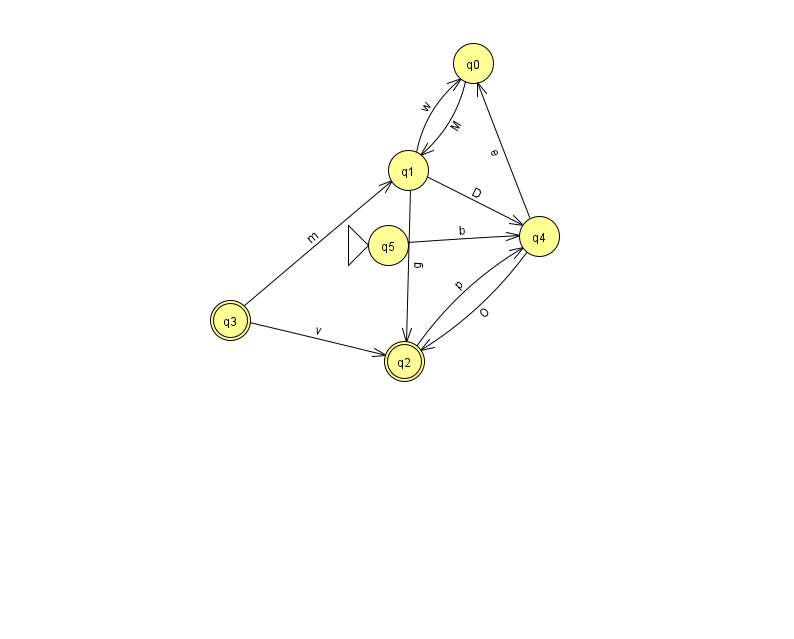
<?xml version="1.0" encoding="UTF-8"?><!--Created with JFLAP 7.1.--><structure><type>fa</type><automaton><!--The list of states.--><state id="0" name="q0"><x>473.0</x><y>50.0</y></state><state id="1" name="q1"><x>408.0</x><y>157.0</y></state><state id="2" name="q2"><x>404.0</x><y>348.0</y><final/></state><state id="3" name="q3"><x>230.0</x><y>307.0</y><final/></state><state id="4" name="q4"><x>539.0</x><y>223.0</y></state><state id="5" name="q5"><x>388.0</x><y>232.0</y><initial/></state><!--The list of transitions.--><transition><from>0</from><to>1</to><read>M</read></transition><transition><from>1</from><to>2</to><read>g</read></transition><transition><from>5</from><to>4</to><read>b</read></transition><transition><from>2</from><to>4</to><read>p</read></transition><transition><from>1</from><to>4</to><read>D</read></transition><transition><from>3</from><to>2</to><read>v</read></transition><transition><from>1</from><to>0</to><read>w</read></transition><transition><from>3</from><to>1</to><read>m</read></transition><transition><from>4</from><to>0</to><read>e</read></transition><transition><from>4</from><to>2</to><read>O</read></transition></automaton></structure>